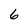
Character: 6